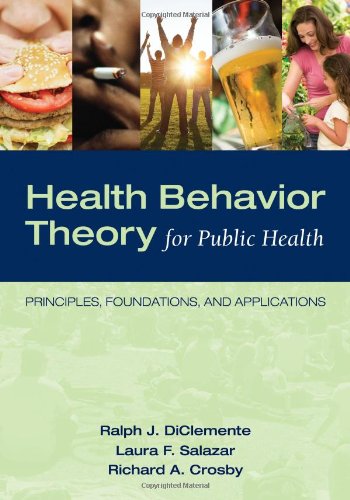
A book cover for Health Behavior Theory For Public Health: Principles, Foundations, and Applications; Ralph J. DiClemente; Medical Books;